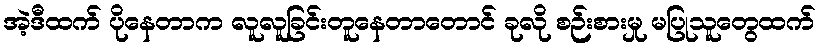
အဲ့ဒီထက် ပိုနေတာက လူလူခြင်းတူနေတာတောင် ခုလို စဉ်းစားမှု မပြုသူတွေထက်